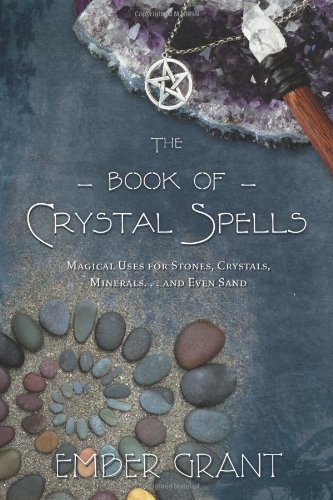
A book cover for The Book of Crystal Spells: Magical Uses for Stones, Crystals, Minerals ... and Even Sand; Ember Grant; Religion & Spirituality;